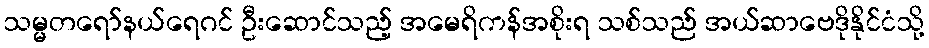
သမ္မတရော်နယ်ရေဂင် ဦးဆောင်သည့် အမေရိကန်အစိုးရ သစ်သည် အယ်ဆာဗေဒိုနိုင်ငံသို့